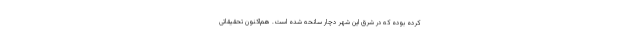
کرده بوده که در شرق این شهر دچار سانحه شده است. هم‌اکنون تحقیقاتی